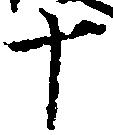
十